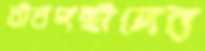
চীনপন্থীদের